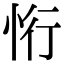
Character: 㤚